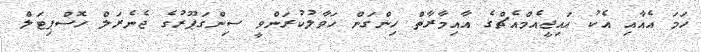
ހަމަ އެއާއި އެކު އައިޖީއެމްއެޗްގެ އާއިމާރާތް ހިންގަން ހަވާލުކުރަންވީ ސިންގަޕޫރުގެ ޖެނެރަލް ހޮސްޕިޓަލް